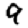
Digit: 9